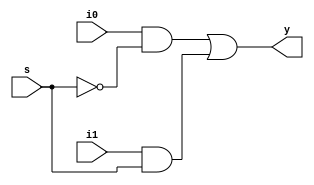
//mux2to1

module mux2to1(i0,i1,s,y);

input i0,i1,s;
output y;
wire nots,w1,w2;

not (nots,s);
and (w1,i0,nots);
and (w2,i1,s);
or (y,w1,w2);

endmodule 

module test_mux;

reg a,b,sel;
wire f;

mux2to1 test(.i0(a), .i1(b), .s(sel), .y(f));

initial begin 
$monitor (" i0=%b , i1=%b ,s=%b --> y=%b ", a,b,sel,f);

    sel = 1'b0; a=1'b0; b=1'b0;
    #10
    sel = 1'b0; a=1'b1; b=1'b1;
    #10
    sel = 1'b0; a=1'b1; b=1'b0;
    #10
    sel = 1'b0; a=1'b1; b=1'b1;
    #10
    sel = 1'b1; a=1'b0; b=1'b0;
    #10
    sel = 1'b1; a=1'b0; b=1'b1;
    #10
    sel = 1'b1; a=1'b1; b=1'b0;
    #10
    sel = 1'b1; a=1'b1; b=1'b1;
    end 
    
    endmodule